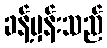
ခန့်မှန်းသည်